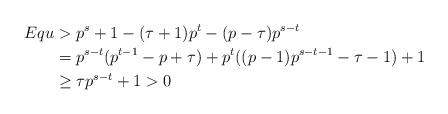
LaTeX: \begin{align*} Equ & >p^s + 1 - (\tau+1)p^{t} -(p-\tau)p^{s-t} \\ & =p^{s-t}(p^{t-1}-p+\tau)+p^t((p-1)p^{s-t-1}-\tau-1)+1 \\ &\geq \tau p^{s-t}+1>0\end{align*}